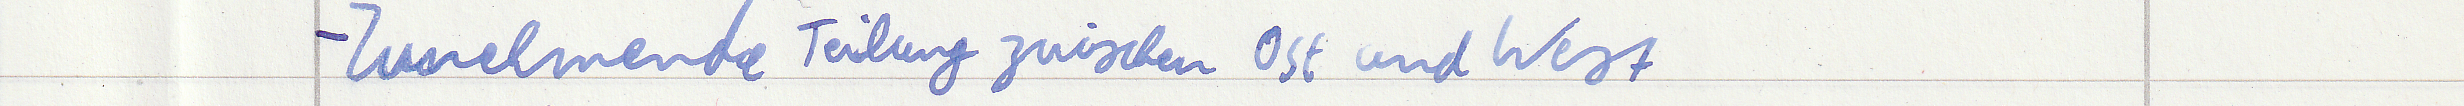
- Zunehmende Teilung zwischen Ost und West